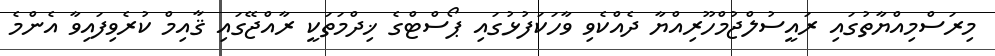
މިރަސްމިއްޔާތުގައި ރައީސުލްޖުމްހޫރިއްޔާ ދެއްކެވި ވާހަކަފުޅުގައި ޕޯސްޓްގެ ޚިދްމަތަކީ ރާއްޖޭގައި ޤާއިމް ކުރެވިފައިވާ އެންމެ